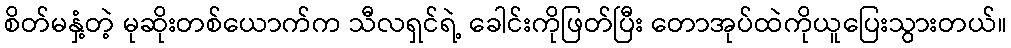
စိတ်မနှံ့တဲ့ မုဆိုးတစ်ယောက်က သီလရှင်ရဲ့ ခေါင်းကိုဖြတ်ပြီး တောအုပ်ထဲကိုယူပြေးသွားတယ်။